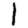
Digit: 1